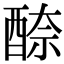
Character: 𨠹